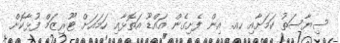
ސިޔާސަތު ކަމަށާއި ހއ. އިން ފެށިގެން އައްޑޫ އަތޮޅާއި ހަމައަށް ޓޫރިޒަމް ފުޅާކޮށް